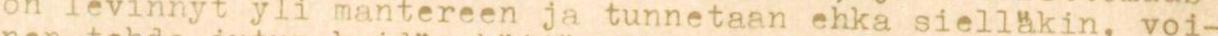
on levinnyt yli mantereen ja tunnetaan ehkä sielläkin, voi-